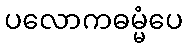
ပလောကဓမ္မံပေ